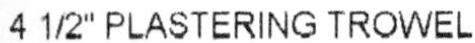
4 1/2" PLASTERING TROWEL